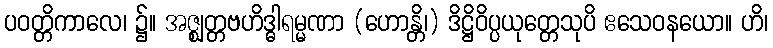
ပဝတ္တိကာလေ၊ ၌။ အဇ္ဈတ္တဗဟိဒ္ဓါရမ္မဏာ (ဟောန္တိ၊) ဒိဋ္ဌိဝိပ္ပယုတ္တေသုပိ ဧသေဝနယော။ ဟိ၊